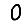
Digit: 0